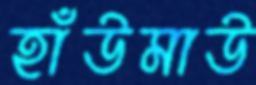
হাঁউমাউ